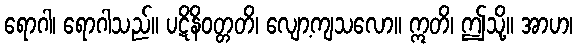
ရောဂါ၊ ရောဂါသည်။ ပဋိနိဝတ္တတိ၊ လျော့ကျသလော။ ဣတိ၊ ဤသို့။ အာဟ၊